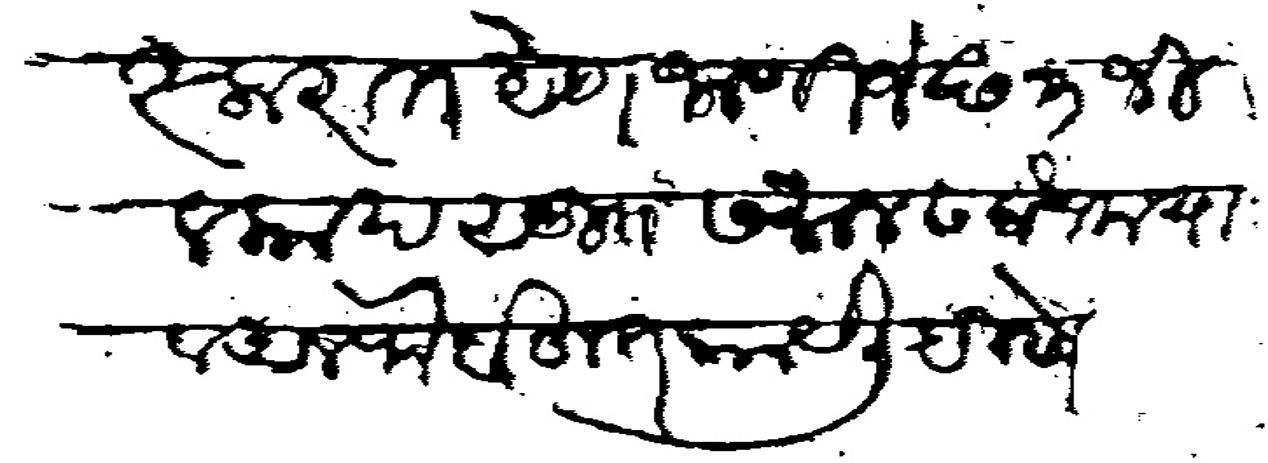
Transliteration (Devanagari): लस्करात येणार जाणीजे छ ३ जिलकाद सु समान सबैन मया व अलफे बहुत काये लिहीणे